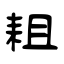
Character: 耝